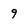
Character: 9